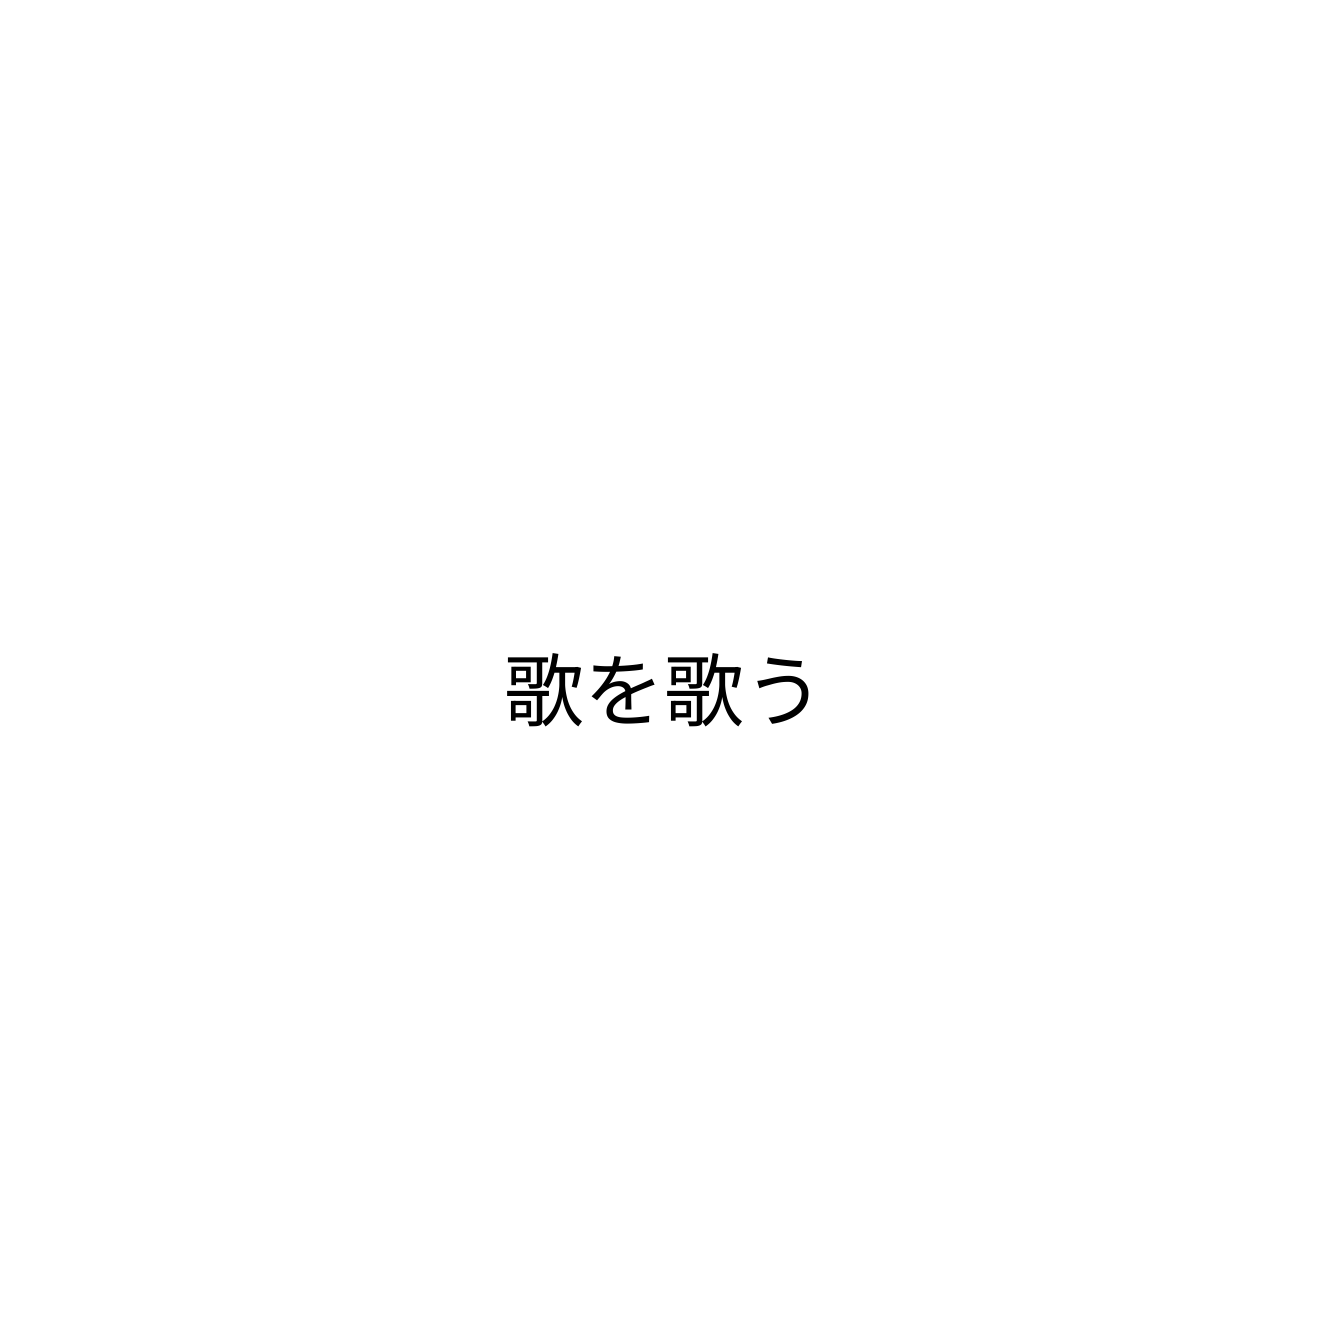
歌を歌う